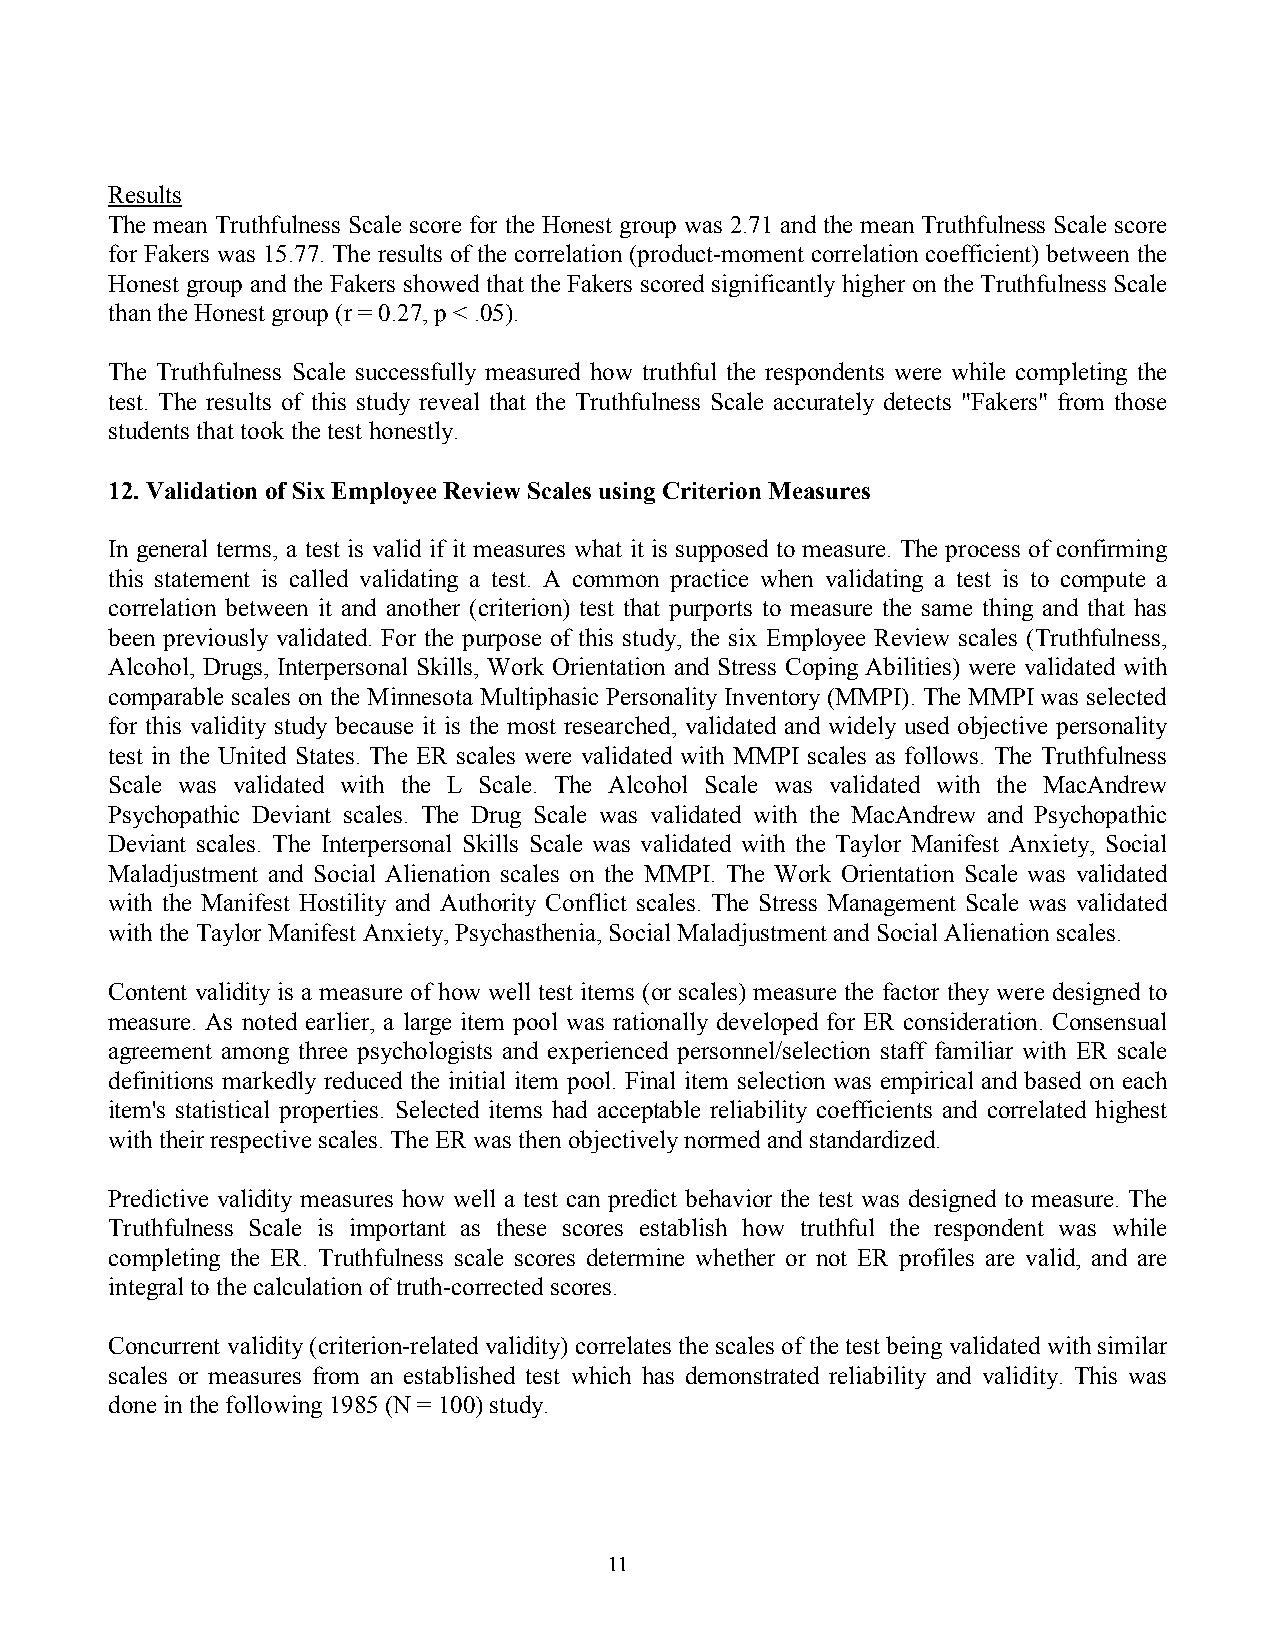
Results
 The mean Truthfulness Scale score for the Honest group was 2.71 and the mean Truthfulness Scale score
 for Fakers was 15.77. The results of the correlation (product-moment correlation coefficient) between the
 Honest group and the Fakers showed that the Fakers scored significantly higher on the Truthfulness Scale
 than the Honest group (r = 0.27, p < .05).
 The Truthfulness Scale successfully measured how truthful the respondents were while completing the
 test. The results of this study reveal that the Truthfulness Scale accurately detects "Fakers" from those
 students that took the test honestly.
 12. Validation of Six Employee Review Scales using Criterion Measures
 In general terms, a test is valid if it measures what it is supposed to measure. The process of confirming
 this statement is called validating a test. A common practice when validating a test is to compute a
 correlation between it and another (criterion) test that purports to measure the same thing and that has
 been previously validated. For the purpose of this study, the six Employee Review scales (Truthfulness,
 Alcohol, Drugs, Interpersonal Skills, Work Orientation and Stress Coping Abilities) were validated with
 comparable scales on the Minnesota Multiphasic Personality Inventory (MMPI). The MMPI was selected
 for this validity study because it is the most researched, validated and widely used objective personality
 test in the United States. The ER scales were validated with MMPI scales as follows. The Truthfulness
 Scale was validated with the L Scale. The Alcohol Scale was validated with the MacAndrew
 Psychopathic Deviant scales. The Drug Scale was validated with the MacAndrew and Psychopathic
 Deviant scales. The Interpersonal Skills Scale was validated with the Taylor Manifest Anxiety, Social
 Maladjustment and Social Alienation scales on the MMPI. The Work Orientation Scale was validated
 with the Manifest Hostility and Authority Conflict scales. The Stress Management Scale was validated
 with the Taylor Manifest Anxiety, Psychasthenia, Social Maladjustment and Social Alienation scales.
 Content validity is a measure of how well test items (or scales) measure the factor they were designed to
 measure. As noted earlier, a large item pool was rationally developed for ER consideration. Consensual
 agreement among three psychologists and experienced personnel/selection staff familiar with ER scale
 definitions markedly reduced the initial item pool. Final item selection was empirical and based on each
 item's statistical properties. Selected items had acceptable reliability coefficients and correlated highest
 with their respective scales. The ER was then objectively normed and standardized.
 Predictive validity measures how well a test can predict behavior the test was designed to measure. The
 Truthfulness Scale is important as these scores establish how truthful the respondent was while
 completing the ER. Truthfulness scale scores determine whether or not ER profiles are valid, and are
 integral to the calculation of truth-corrected scores.
 Concurrent validity (criterion-related validity) correlates the scales of the test being validated with similar
 scales or measures from an established test which has demonstrated reliability and validity. This was
 done in the following 1985 (N = 100) study.
 11